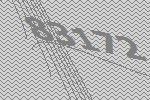
83172